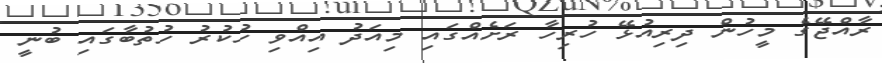
ރާއްޖޭގެ މީހުން ދިރިއުޅޭ ހުރިހާ ރަށެއްގައި މިއަދު އިއްވި ހުކުރު ހުތުބާގައި ބުނީ